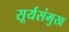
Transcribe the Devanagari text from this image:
सूर्यसंमुख